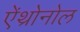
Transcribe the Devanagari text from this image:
ऐंथ्रोनोल